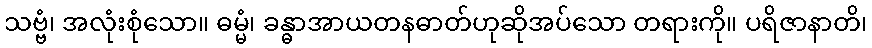
သဗ္ဗံ၊ အလုံးစုံသော။ ဓမ္မံ၊ ခန္ဓာအာယတနဓာတ်ဟုဆိုအပ်သော တရားကို။ ပရိဇာနာတိ၊